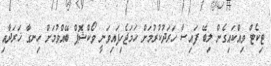
ޓިކެޓް ވިއްކައިގެން ލިބޭ ފައިސާ ހަރަދުކުރުމަށް ހަމަޖެހިފައިވަނީ ވޯކްޝޮޕް ބޭއްވުމަށް ހިނގާ ޚަރަދާއި